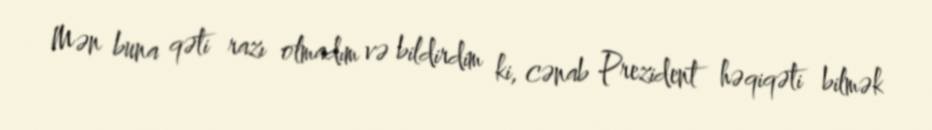
Mən buna qəti razı olmadım və bildirdim ki, cənab Prezident həqiqəti bilmək